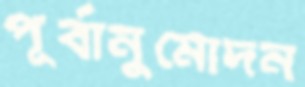
পূর্বানুমোদন